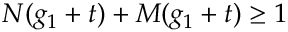
N ( g _ { 1 } + t ) + M ( g _ { 1 } + t ) \geq 1